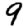
Digit: 9